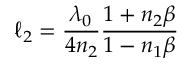
\ell _ { 2 } = \frac { \lambda _ { 0 } } { 4 n _ { 2 } } \frac { 1 + n _ { 2 } \beta } { 1 - n _ { 1 } \beta }